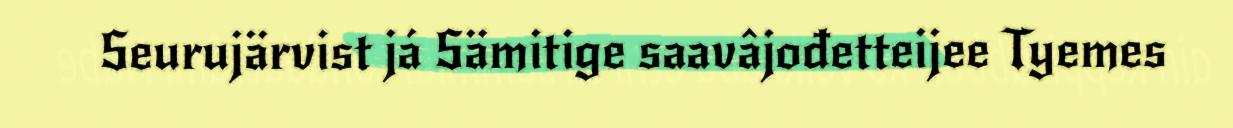
Seurujärvist já Sämitige saavâjođetteijee Tyemes